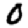
Digit: 0